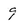
Character: 9